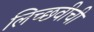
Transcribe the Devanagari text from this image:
लिच्छवीची